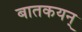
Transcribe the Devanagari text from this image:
बातकयन्